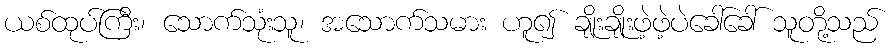
ယစ်ထုပ်ကြီး၊ သောက်သုံးသူ၊ အသောက်သမား ဟူ၍ ချိုးချိုးဖဲ့ဖဲ့ပဲခေါ်ခေါ် သူတို့သည်